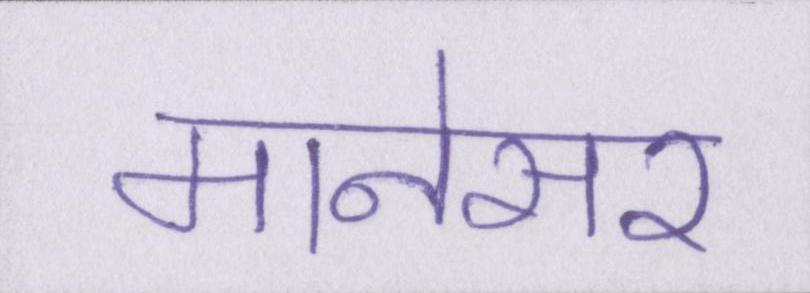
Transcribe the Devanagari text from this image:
मानेसर